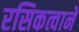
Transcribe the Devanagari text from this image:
रसिकत्वाने